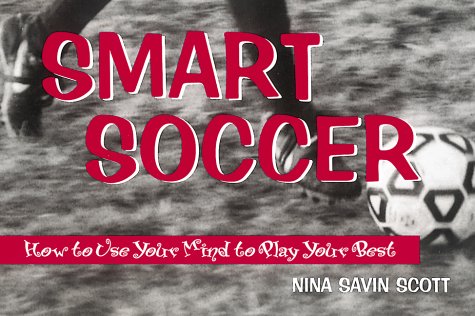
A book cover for Smart Soccer: How to Use Your Mind to Play Your Best; Nina Savin Scott; Children's Books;